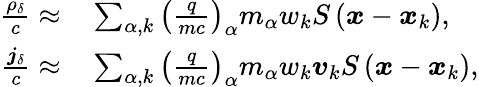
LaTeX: \begin{array}{rl}{\frac{\rho_{\delta}}{c}\approx}&{{}\sum_{\alpha,k}\left(\frac{q}{mc}\right)_{\alpha}m_{\alpha}w_{k}S\left(\boldsymbol{x}-\boldsymbol{x}_{k}\right),}\\ {\frac{\boldsymbol{j}_{\delta}}{c}\approx}&{{}\sum_{\alpha,k}\left(\frac{q}{mc}\right)_{\alpha}m_{\alpha}w_{k}\boldsymbol{v}_{k}S\left(\boldsymbol{x}-\boldsymbol{x}_{k}\right),}\end{array}